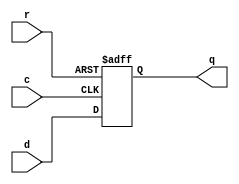
module DFF
  (
    input c,r,
    input d,
    
    output reg q
  );
  
    always @ (posedge r or posedge c)
      begin 
          if (r)
              q <= 1'b0;
          else
              q <= d;
      end 
      
endmodule